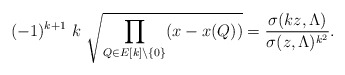
\begin{align*}(-1)^{k+1}\ k\ \sqrt{\prod_{Q\in E[k]\setminus\{0\}} (x-x(Q))} = \frac{\sigma(k z, \Lambda) }{ \sigma(z,\Lambda)^{k^2}}.\end{align*}